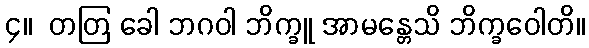
၄။  တတြ ခေါ ဘဂဝါ ဘိက္ခူ အာမန္တေသိ ဘိက္ခဝေါတိ။